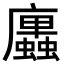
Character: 𢌆